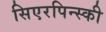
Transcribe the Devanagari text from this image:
सिएरपिन्स्की